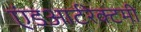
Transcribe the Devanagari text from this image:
एंडआर्टरेक्टमी